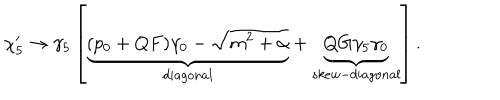
LaTeX: \chi _ { 5 } ^ { \prime } \rightarrow \gamma _ { 5 } \left[ \underbrace { ( p _ { 0 } + Q F ) \gamma _ { 0 } - \sqrt { m ^ { 2 } + \alpha } } _ { d i a g o n a l } + \underbrace { Q G \gamma _ { 5 } \gamma _ { 0 } } _ { s k e w - d i a g o n a l } \right] .